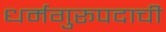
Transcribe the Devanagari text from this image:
धर्मगुरूपदाची